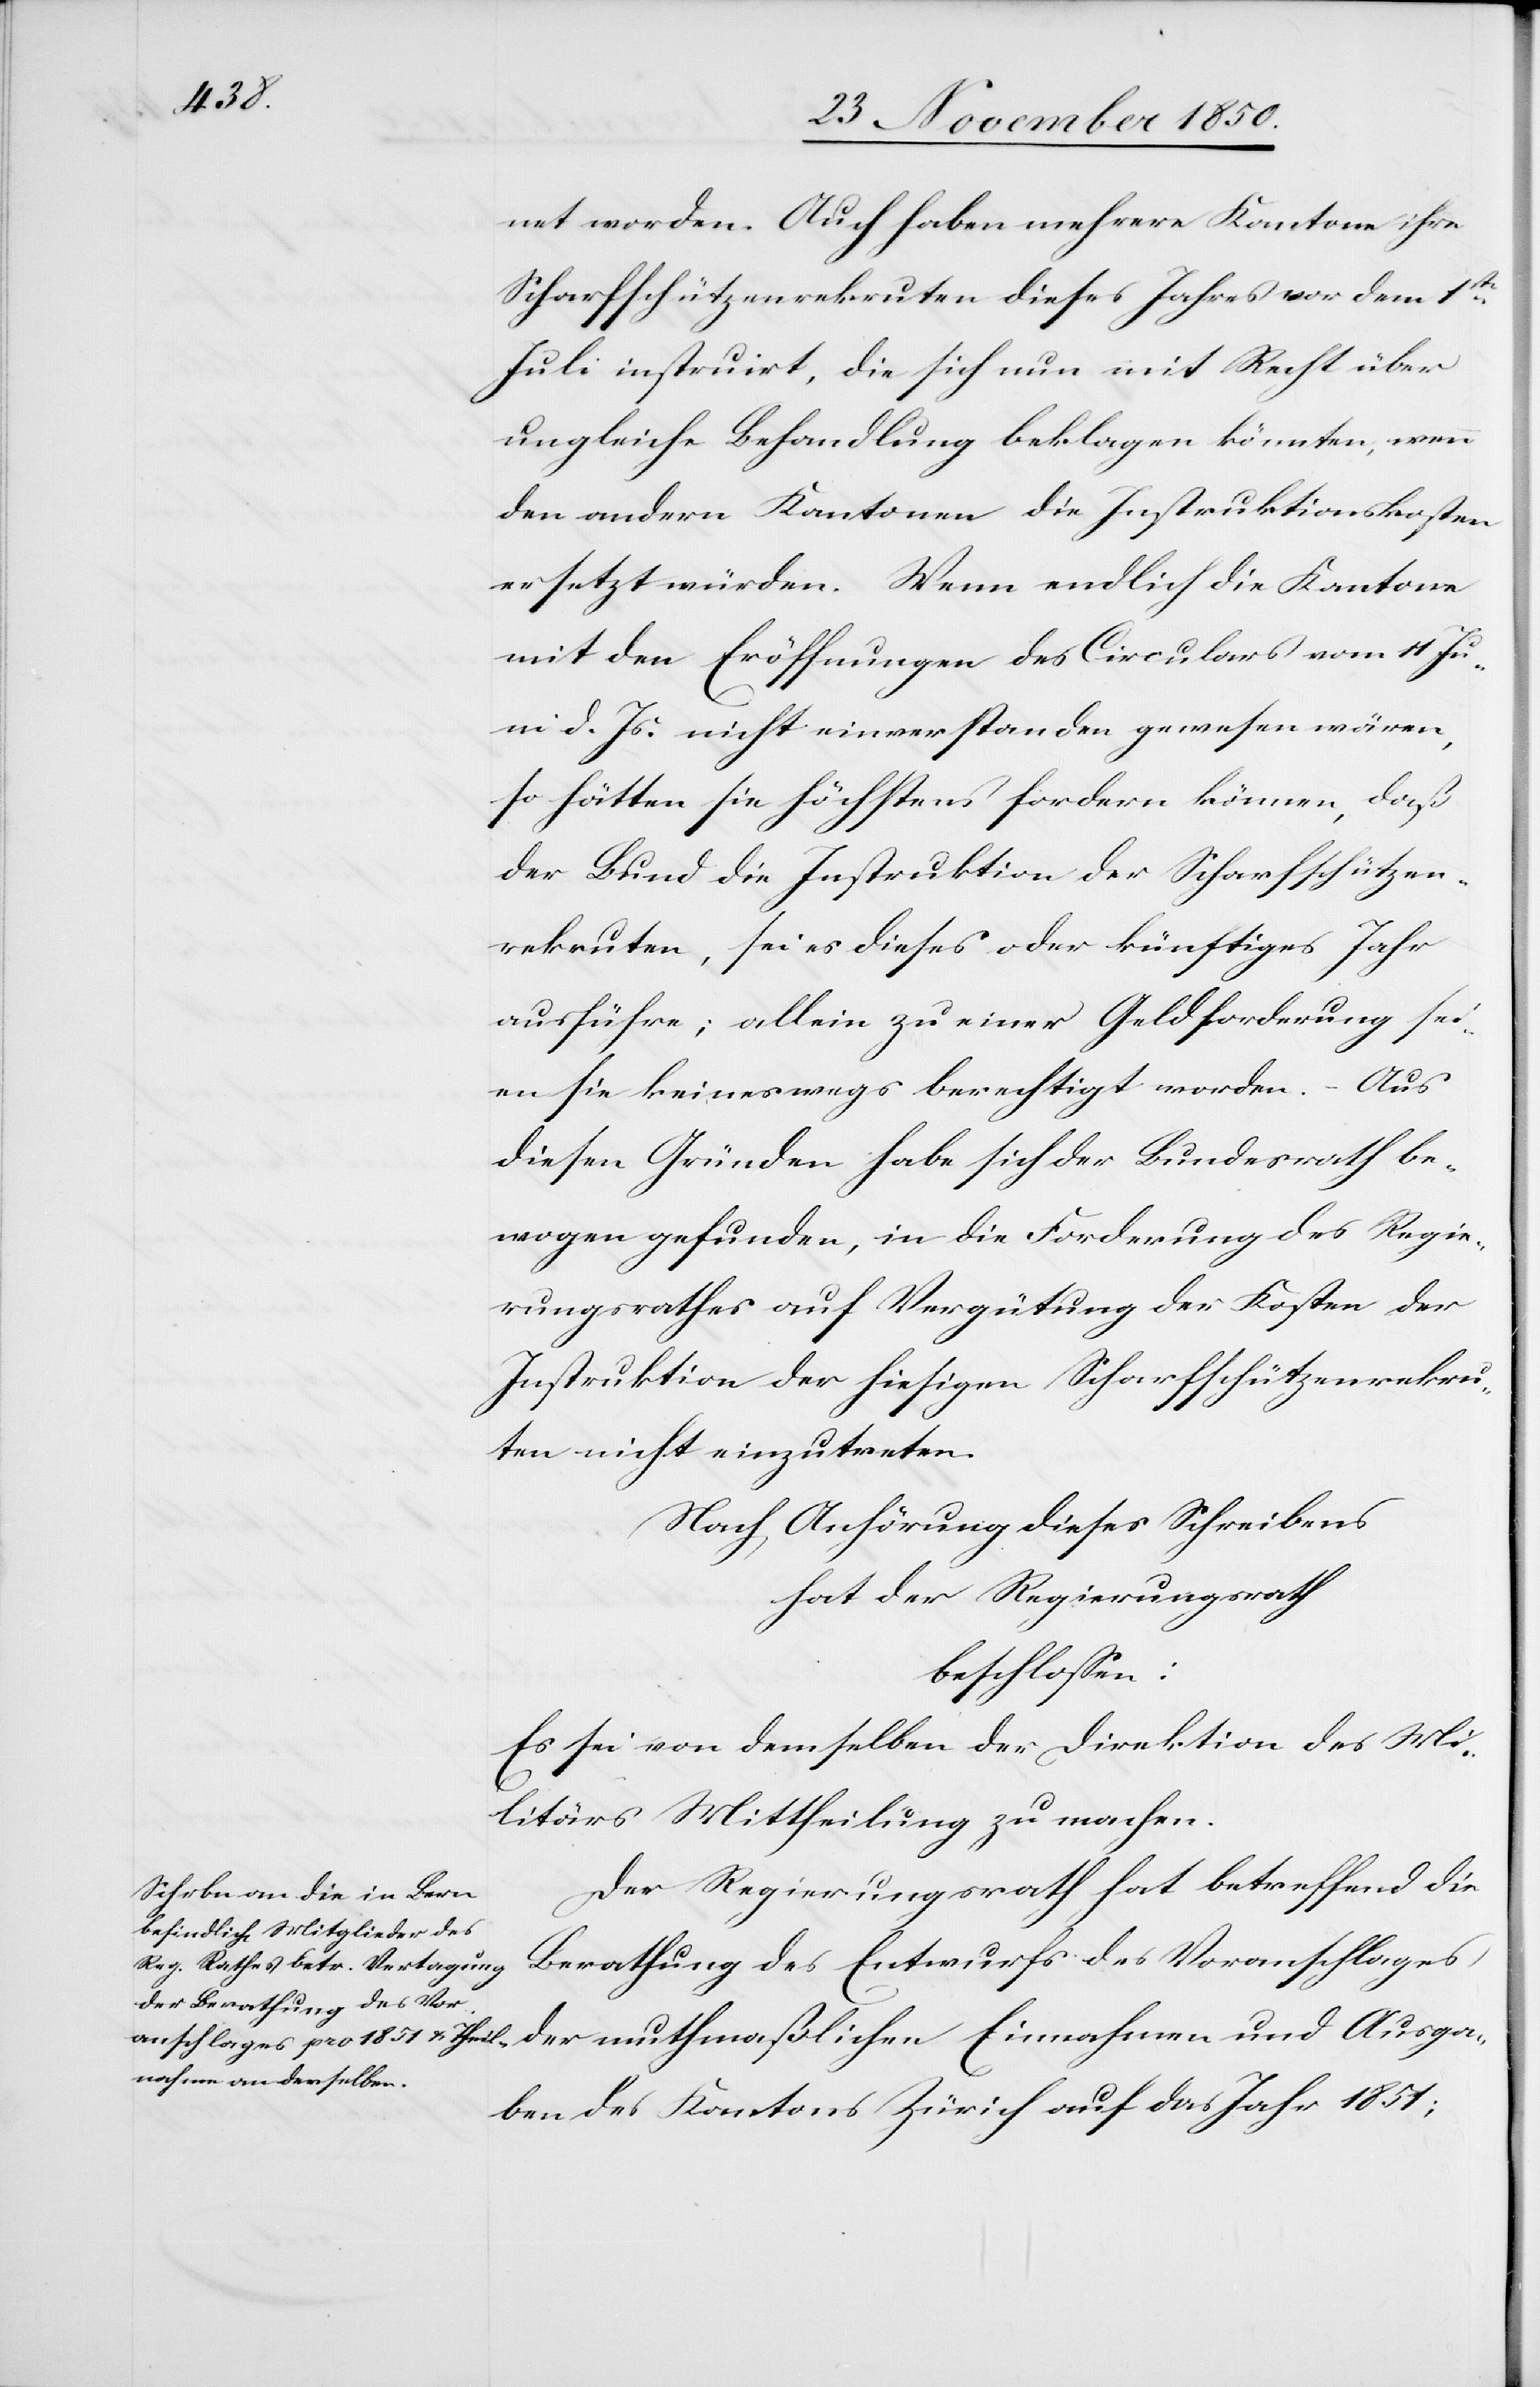
Vor¬

net worden. Auch haben mehrere Kantone ihre
Scharfschützenrekruten dieses Jahres vor dem 1stn
Juli instruirt, die sich nun mit Recht über
ungleiche Behandlung beklagen könnten, wenn
den andern Kantonen die Instruktionskosten
ersetzt würden. Wenn endlich die Kantone
mit den Eröffnungen des Circulars vom 11 Ju¬
ni d. Js. nicht einverstanden gewesen wären,
so hätten sie höchstens fordern können, daß
der Bund die Instruktion der Scharfschützen¬
rekruten, sei es dieses oder künftiges Jahr
ausführe; allein zu einer Geldforderung sei¬
en sie keineswegs berechtigt worden. – Aus
diesen Gründen habe sich der Bundesrath be¬
wogen gefunden, in die Forderung des Regie¬
rungsrathes auf Vergütung der Kosten der
Instruktion der hiesigen Scharfschützenrekru¬
ten nicht einzutreten.
Nach Anhörung dieses Schreibens
hat der Regierungsrath
beschlossen:
Es sei von demselben der Direktion des Mi¬
litärs Mittheilung zu machen.
Der Regierungsrath hat betreffend die
anschlages der muthmaßlichen Einnahmen und Ausga¬
ben des Kantons Zürich auf das Jahr 1851;